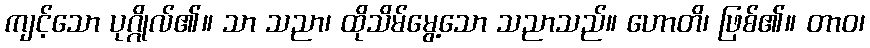
ကျင့်သော ပုဂ္ဂိုလ်၏။ သာ သညာ၊ ထိုသိမ်မွေ့သော သညာသည်။ ဟောတိ၊ ဖြစ်၏။ တာဝ၊